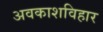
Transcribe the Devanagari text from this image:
अवकाशविहार